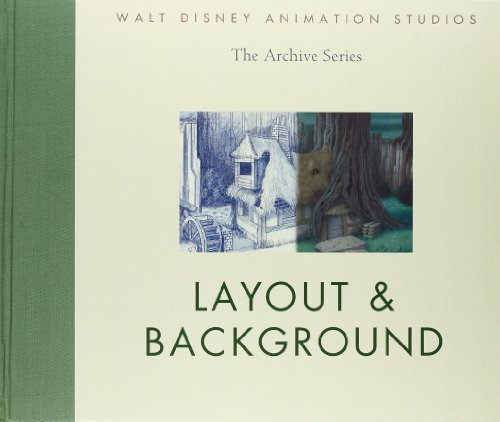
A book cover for Layout & Background (Walt Disney Animation Archives); Disney Book Group; Arts & Photography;